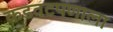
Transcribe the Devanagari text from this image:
कडवटपणाला